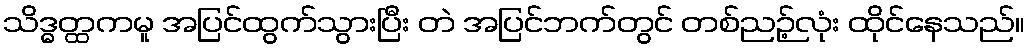
သိဒ္ဓတ္ထကမူ အပြင်ထွက်သွားပြီး တဲ အပြင်ဘက်တွင် တစ်ညဉ့်လုံး ထိုင်နေသည်။